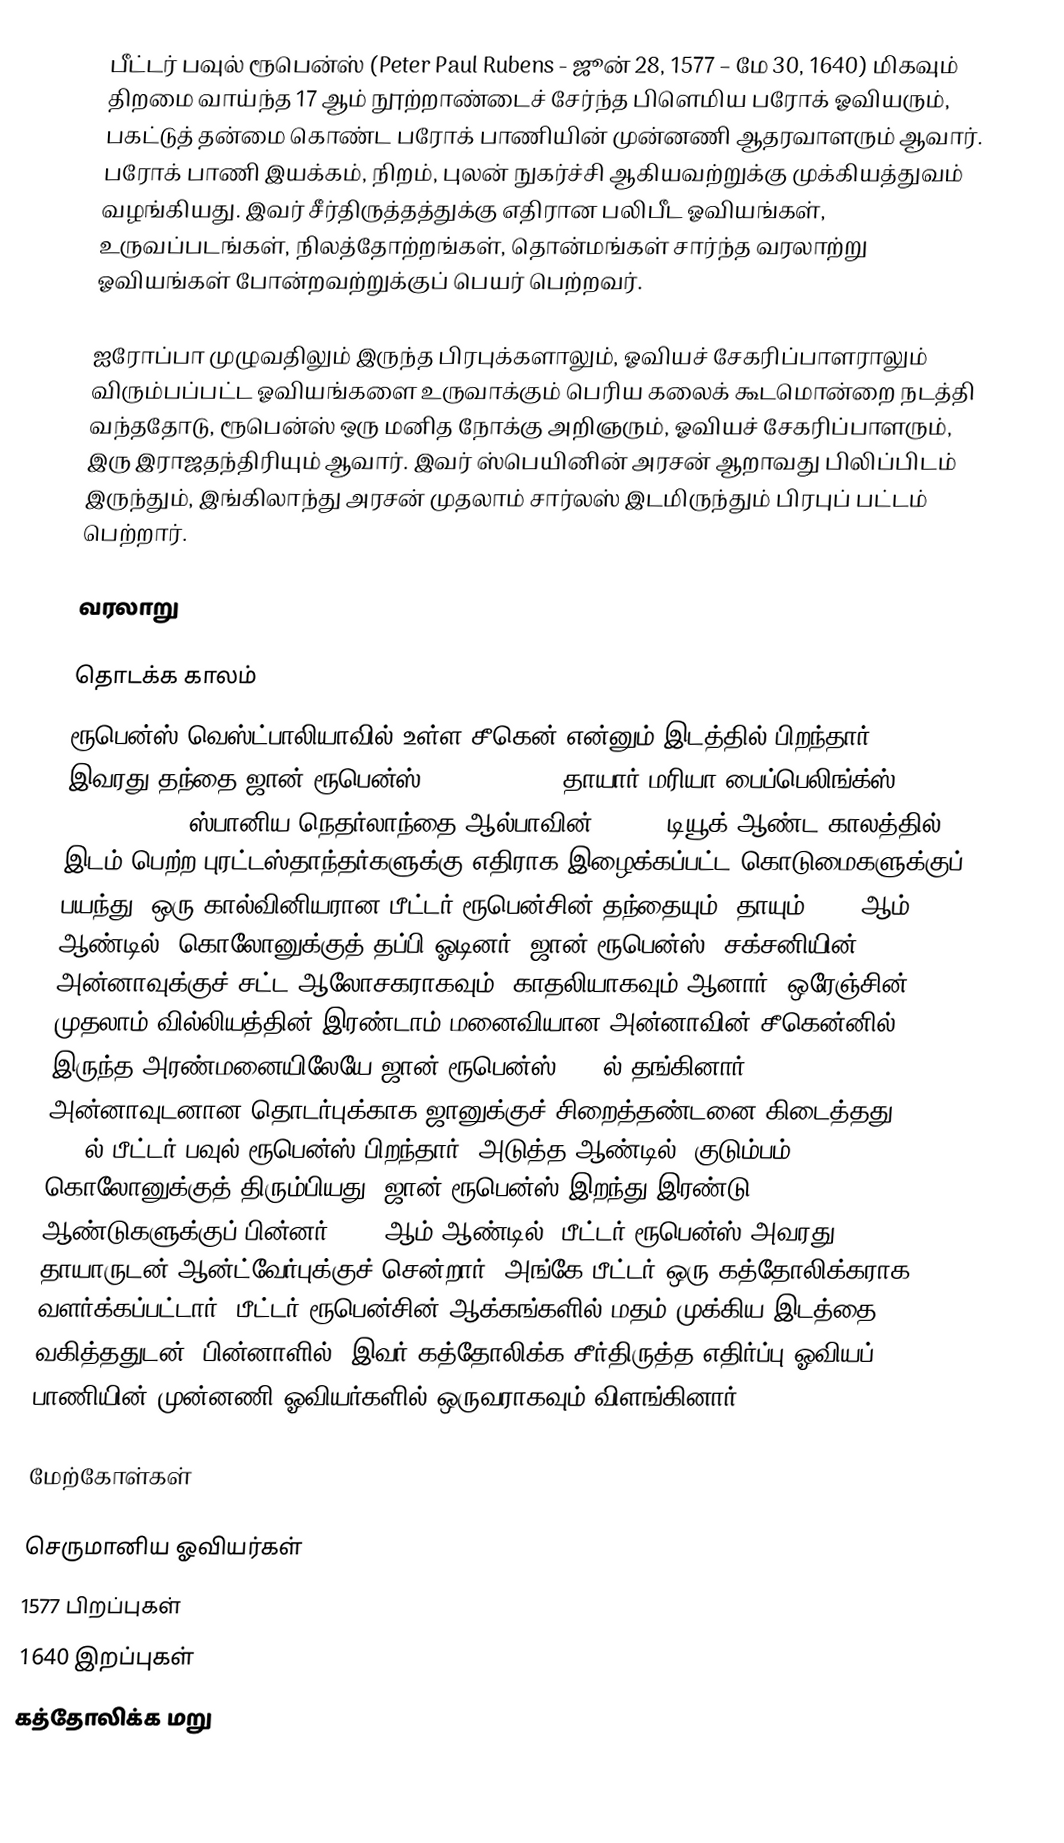
பீட்டர் பவுல் ரூபென்ஸ் (Peter Paul Rubens - ஜூன் 28, 1577 – மே 30, 1640) மிகவும் திறமை வாய்ந்த 17 ஆம் நூற்றாண்டைச் சேர்ந்த பிளெமிய பரோக் ஓவியரும், பகட்டுத் தன்மை கொண்ட பரோக் பாணியின் முன்னணி ஆதரவாளரும் ஆவார். பரோக் பாணி இயக்கம், நிறம், புலன் நுகர்ச்சி ஆகியவற்றுக்கு முக்கியத்துவம் வழங்கியது. இவர் சீர்திருத்தத்துக்கு எதிரான பலிபீட ஓவியங்கள், உருவப்படங்கள், நிலத்தோற்றங்கள், தொன்மங்கள் சார்ந்த வரலாற்று ஓவியங்கள் போன்றவற்றுக்குப் பெயர் பெற்றவர்.

ஐரோப்பா முழுவதிலும் இருந்த பிரபுக்களாலும், ஓவியச் சேகரிப்பாளராலும் விரும்பப்பட்ட ஓவியங்களை உருவாக்கும் பெரிய கலைக் கூடமொன்றை நடத்தி வந்ததோடு, ரூபென்ஸ் ஒரு மனித நோக்கு அறிஞரும், ஓவியச் சேகரிப்பாளரும், இரு இராஜதந்திரியும் ஆவார். இவர் ஸ்பெயினின் அரசன் ஆறாவது பிலிப்பிடம் இருந்தும், இங்கிலாந்து அரசன் முதலாம் சார்லஸ் இடமிருந்தும் பிரபுப் பட்டம் பெற்றார்.

வரலாறு

தொடக்க காலம்
ரூபென்ஸ் வெஸ்ட்பாலியாவில் உள்ள சீகென் என்னும் இடத்தில் பிறந்தார். இவரது தந்தை ஜான் ரூபென்ஸ் (Jan Rubens), தாயார் மரியா பைப்பெலிங்க்ஸ் (Maria Pypelincks). ஸ்பானிய நெதர்லாந்தை ஆல்பாவின் (Alba) டியூக் ஆண்ட காலத்தில் இடம் பெற்ற புரட்டஸ்தாந்தர்களுக்கு எதிராக இழைக்கப்பட்ட கொடுமைகளுக்குப் பயந்து, ஒரு கால்வினியரான பீட்டர் ரூபென்சின் தந்தையும், தாயும் 1568 ஆம் ஆண்டில், கொலோனுக்குத் தப்பி ஓடினர். ஜான் ரூபென்ஸ், சக்சனியின் அன்னாவுக்குச் சட்ட ஆலோசகராகவும், காதலியாகவும் ஆனார். ஒரேஞ்சின் முதலாம் வில்லியத்தின் இரண்டாம் மனைவியான அன்னாவின் சீகென்னில் இருந்த அரண்மனையிலேயே ஜான் ரூபென்ஸ் 1570ல் தங்கினார். அன்னாவுடனான தொடர்புக்காக ஜானுக்குச் சிறைத்தண்டனை கிடைத்தது. 1577ல் பீட்டர் பவுல் ரூபென்ஸ் பிறந்தார். அடுத்த ஆண்டில், குடும்பம் கொலோனுக்குத் திரும்பியது. ஜான் ரூபென்ஸ் இறந்து இரண்டு ஆண்டுகளுக்குப் பின்னர் 1589 ஆம் ஆண்டில், பீட்டர் ரூபென்ஸ் அவரது தாயாருடன் ஆன்ட்வேர்புக்குச் சென்றார். அங்கே பீட்டர் ஒரு கத்தோலிக்கராக வளர்க்கப்பட்டார். பீட்டர் ரூபென்சின் ஆக்கங்களில் மதம் முக்கிய இடத்தை வகித்ததுடன், பின்னாளில், இவர் கத்தோலிக்க சீர்திருத்த எதிர்ப்பு ஓவியப் பாணியின் முன்னணி ஓவியர்களில் ஒருவராகவும் விளங்கினார்.

மேற்கோள்கள்

செருமானிய ஓவியர்கள்
1577 பிறப்புகள்
1640 இறப்புகள்
கத்தோலிக்க மறு